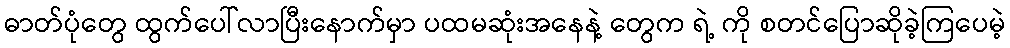
ဓာတ်ပုံတွေ ထွက်ပေါ်လာပြီးနောက်မှာ ပထမဆုံးအနေနဲ့ တွေက ရဲ့ ကို စတင်ပြောဆိုခဲ့ကြပေမဲ့